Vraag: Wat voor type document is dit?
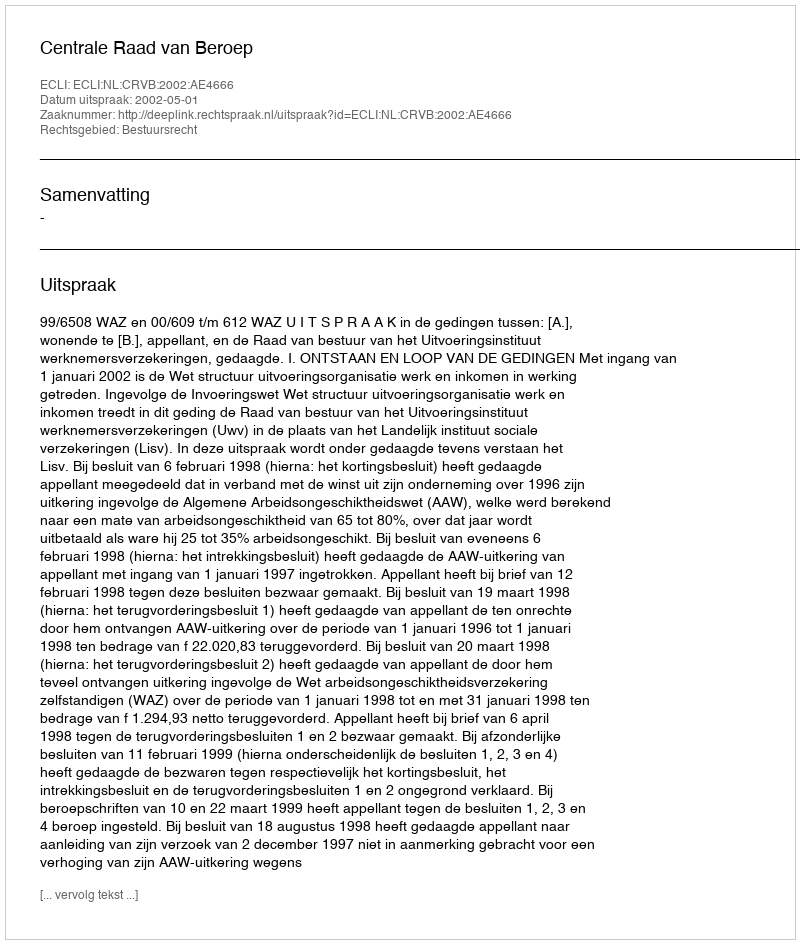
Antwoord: Uitspraak